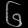
Digit: ၆